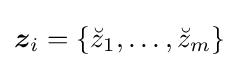
{\boldsymbol {z}}_{i}=\{{\breve {z}}_{1},\ldots ,{\breve {z}}_{m}\}